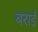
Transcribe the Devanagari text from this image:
बराईं